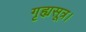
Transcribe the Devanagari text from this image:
गृह्यसूत्र।